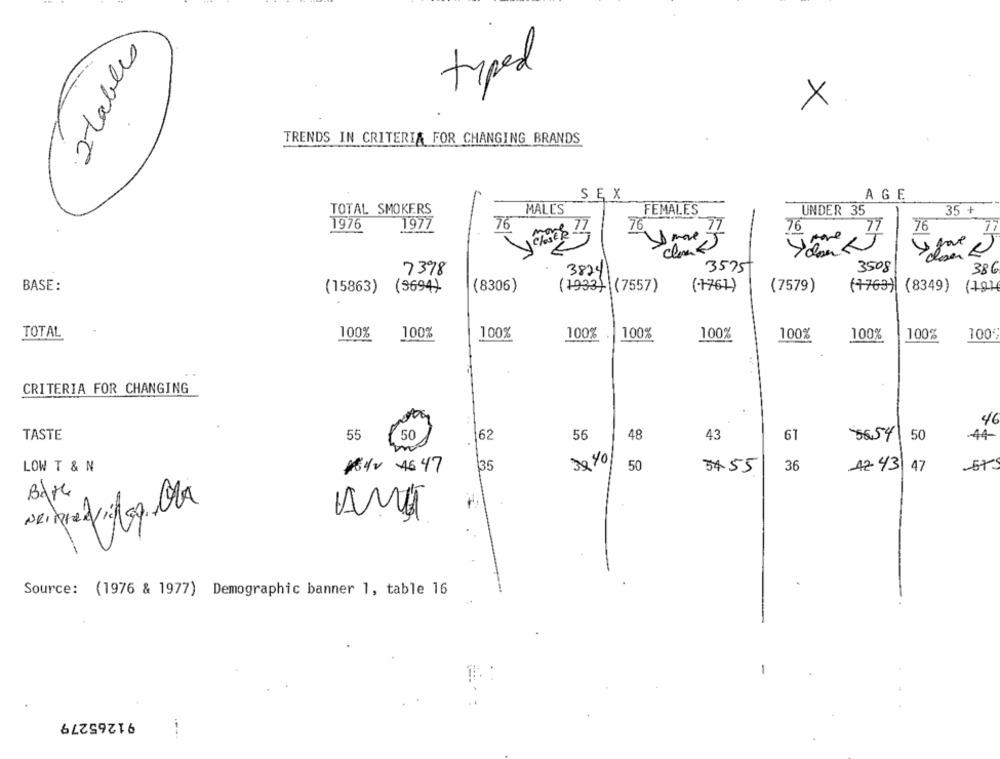
2 tables
typed
X
TRENDS IN CRITERIA FOR CHANGING BRANDS
SEX
AGE
TOTAL SMOKERS
MALES
FEMALES
UNDER 35
35 +
1976
1977
76
76
76
76
7398
3824
3575
3508
386
BASE:
(8306)
(1933) (7557)
(-1761)
(7579)
(+763) (8349) (19)
(15863) (3694)
TOTAL
100%
100%
100%
100%
100%
100%
100%
100%
100
100%
CRITERIA FOR CHANGING
46
TASTE
55
₹ 50
162
56
48
43
61
5654 50
44
30 /01
LOW T & N
1640 46 47
35
50
34.55
36
-42-43 47
Source: (1976 & 1977) Demographic banner 1, table 16
91265279